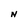
Character: N